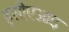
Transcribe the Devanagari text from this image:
इसीएआइ